Plague in India, 1896, 1897 - Volume 3
Year: 1896
Disease focus: Plague
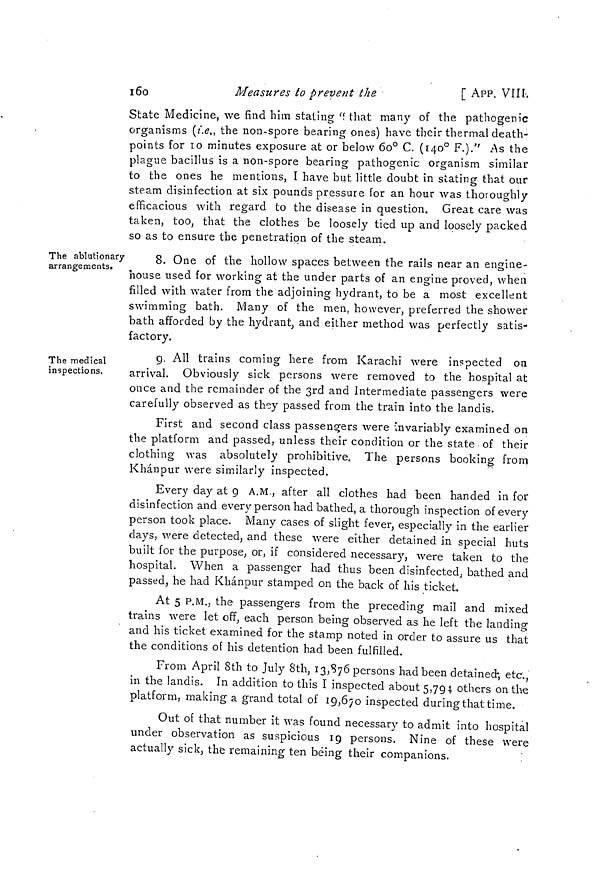
16o
Measures to prevent the.
[ APP. VIII-.
State Medicine, we find him stating "that many of the pathogenic
organisms (i.e., the non-spore bearing ones) have their thermal death-
points for 10 minutes exposure at or below 60° C. (140° F.)." As the
plague bacillus is a non-spore bearing pathogenic organism similar
to the ones he mentions, I have but little doubt in stating that our
steam disinfection at six pounds pressure for an hour was thoroughly
efficacious with regard to the disease in question. Great care was
taken, too, that the clothes be loosely tied up and loosely packed
so as to ensure the penetration of the steam.
The ablutionary
arrangements.
8. One of the hollow spaces between the rails near an engine-
house used for working at the under parts of an engine proved, when
filled with water from the adjoining hydrant, to be a most excellent
swimming bath. Many of the men, however, preferred the shower
bath afforded by the hydrant, and either method was perfectly satis-
factory.
The medical
inspections.
g. All trains coming here from Karachi were inspected on
arrival. Obviously sick persons were removed to the hospital at
once and the remainder of the 3rd and Intermediate passengers were
carefully observed as they passed from the train into the landis.
First and second class passengers were "Invariably examined on
the platform and passed, unless their condition or the state of their
clothing was absolutely prohibitive. The persons booking from
Khan pur were similarly inspected.
Every day at 9 A.M., after all clothes had been handed in for
disinfection and every person had bathed, a thorough inspection of every
person took place. Many cases of slight fever, especially in the earlier
clays, were detected, and these were either detained in special huts
built for the purpose, or, if considered necessary, were taken to the
hospital. When a passenger had thus been disinfected; bathed and
passed, he had Khánpur stamped on the back of his ticket.
At 5 P.M., the passengers from the preceding mail and mixed
trains were let off, each person being observed as he left the landing
and his ticket examined for the stamp noted in order to assure us that
the conditions of his detention had been fulfilled.
From April 8th to July 8th, 13,876 persons had been detained-, etc.,
in the landis. In addition to this I inspected about 5,794 others on the
platform, making a grand total of 19,670 inspected during that time.
Out of that number it was found necessary to admit into hospital
under observation as suspicious 19 persons. Nine of these were
actually sick, the remaining ten being their companions.
;